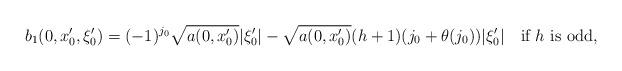
LaTeX: \begin{align*}b_1(0,x'_0,\xi'_0)=(-1)^{j_0}\sqrt{a(0,x'_0)}|\xi'_0|-\sqrt{a(0,x'_0)}(h+1)(j_0+\theta(j_0))|\xi'_0|\quad\textrm{if $h$ is odd},\end{align*}